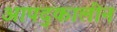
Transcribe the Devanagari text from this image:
आपद्कालीन